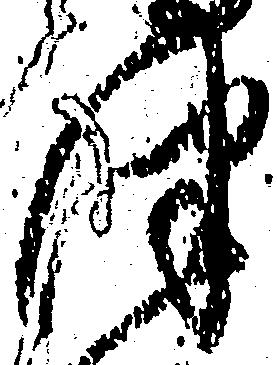
津